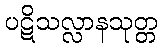
ပဋိသလ္လာနသုတ္တ